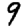
Digit: 9